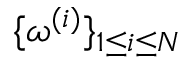
\{ \boldsymbol { \omega } ^ { ( i ) } \} _ { 1 \le i \le N }